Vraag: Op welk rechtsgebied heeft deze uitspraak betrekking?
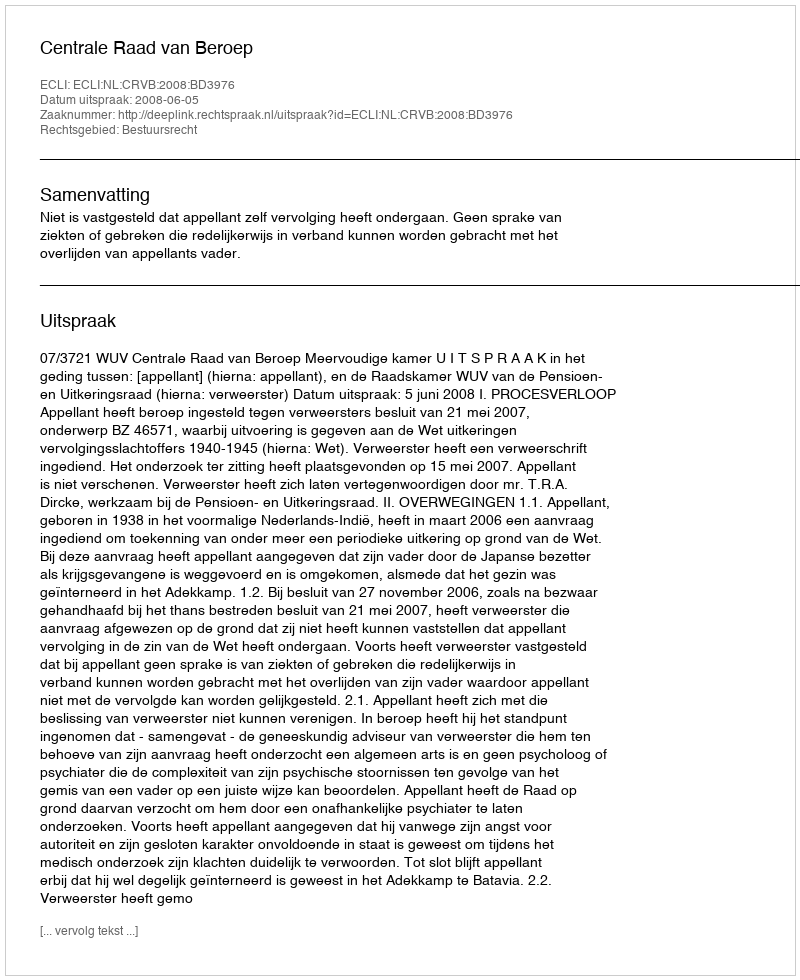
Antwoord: Bestuursrecht